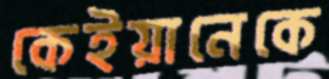
কেইয়ানেকে